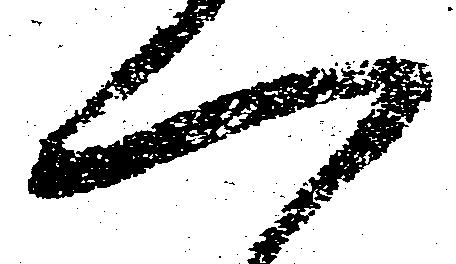
一